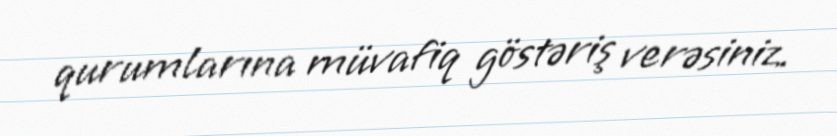
qurumlarına müvafiq göstəriş verəsiniz.